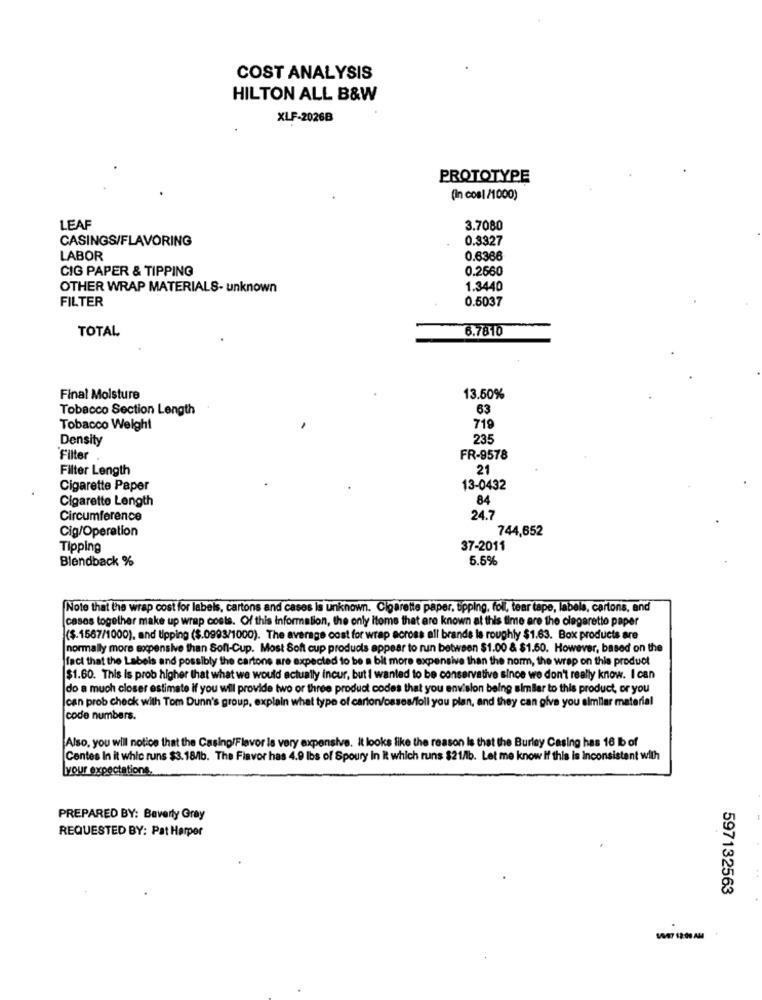
COST ANALYSIS
HILTON ALL B&W
XLF-2026B
PROTOTYPE
(in cosl /1000)
LEAF
3.7080
CASINGS/FLAVORING
0.3327
LABOR
0.6366
CIG PAPER & TIPPING
0.2660
OTHER WRAP MATERIALS- unknown
1.3440
FILTER
0.5037
TOTAL
6.7810
Final Moisture
13.50%
Tobacco Section Length
63
Tobacco Weight
719
Density
235
Filter
FR-9578
Filter Length
21
Cigarette Paper
13-0432
Cigarette Length
84
Circumference
24.7
Cig/Operation
744,652
Tipping
37-2011
Blendback %
5.5%
Note that the wrap cost for labels, cartons and cases is unknown. Cigarette paper, tipping, foll, tear tape, labels, cartons, and
cases together make up wrap costs. Of this information, the only Itome that are known at this time are the olegaretto paper
($.1567/1000), and Upping ($.0993/1000). The average cost for wrap across all brands la roughly $1.63. Box products are
normally more expensive than Soft-Cup. Most Soft cup products appear to run between $1.00 & $1.50. However, based on the
fact that the Labels and possibly the cartone are expected to be a bit more expensive than the norm, the wrap on this product
$1.60. This is prob higher that what we would actually incur, but i wanted to be conservative since we don't really know. I can
do a much closer estimate if you will provide two or three product codes that you envision being similar to this product, or you
Ican prob check with Tom Dunn's group, explain what type of carton/osses/foll you plan, and they can give you similar material
code numbers.
Also, you will notice that the Casing/Flavor is very expensive. it looks like the reason Is that the Burley Casing has 16 b of
Centes In it whic runs $3.18/lb. The Finvor has 4.9 lbs of Spoury In It which runs $21/1b. Let me know If this is Inconsistent with
your expectations.
PREPARED BY: Beverly Gray
REQUESTED BY: Pat Harper
597132563
VAR7 12:00 AM